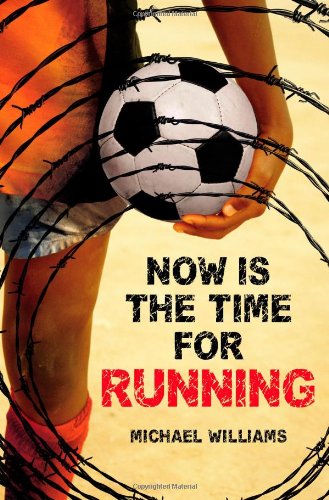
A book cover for Now Is the Time for Running; Michael Williams; Teen & Young Adult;